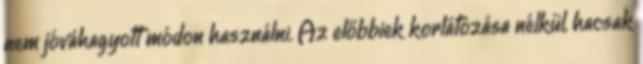
nem jóváhagyott módon használni. Az előbbiek korlátozása nélkül, hacsak